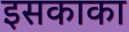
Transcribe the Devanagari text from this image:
इसकाका